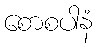
စောစပါနံ